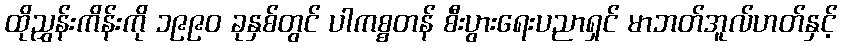
ထိုညွှန်းကိန်းကို ၁၉၉၀ ခုနှစ်တွင် ပါကစ္စတန် စီးပွားရေးပညာရှင် မာဘတ်အူလ်ဟတ်နှင့်